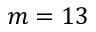
m = 1 3